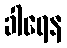
ခါရေန